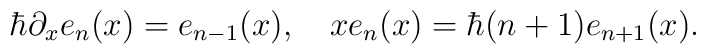
\hbar \partial_x e_{n}(x)=e_{n-1}(x), ~~~x e_n(x)=\hbar (n+1) e_{n+1}(x).